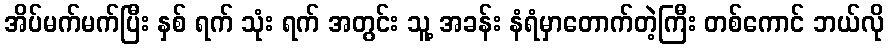
အိပ်မက်မက်ပြီး နှစ် ရက် သုံး ရက် အတွင်း သူ့ အခန်း နံရံမှာတောက်တဲ့ကြီး တစ်ကောင် ဘယ်လို